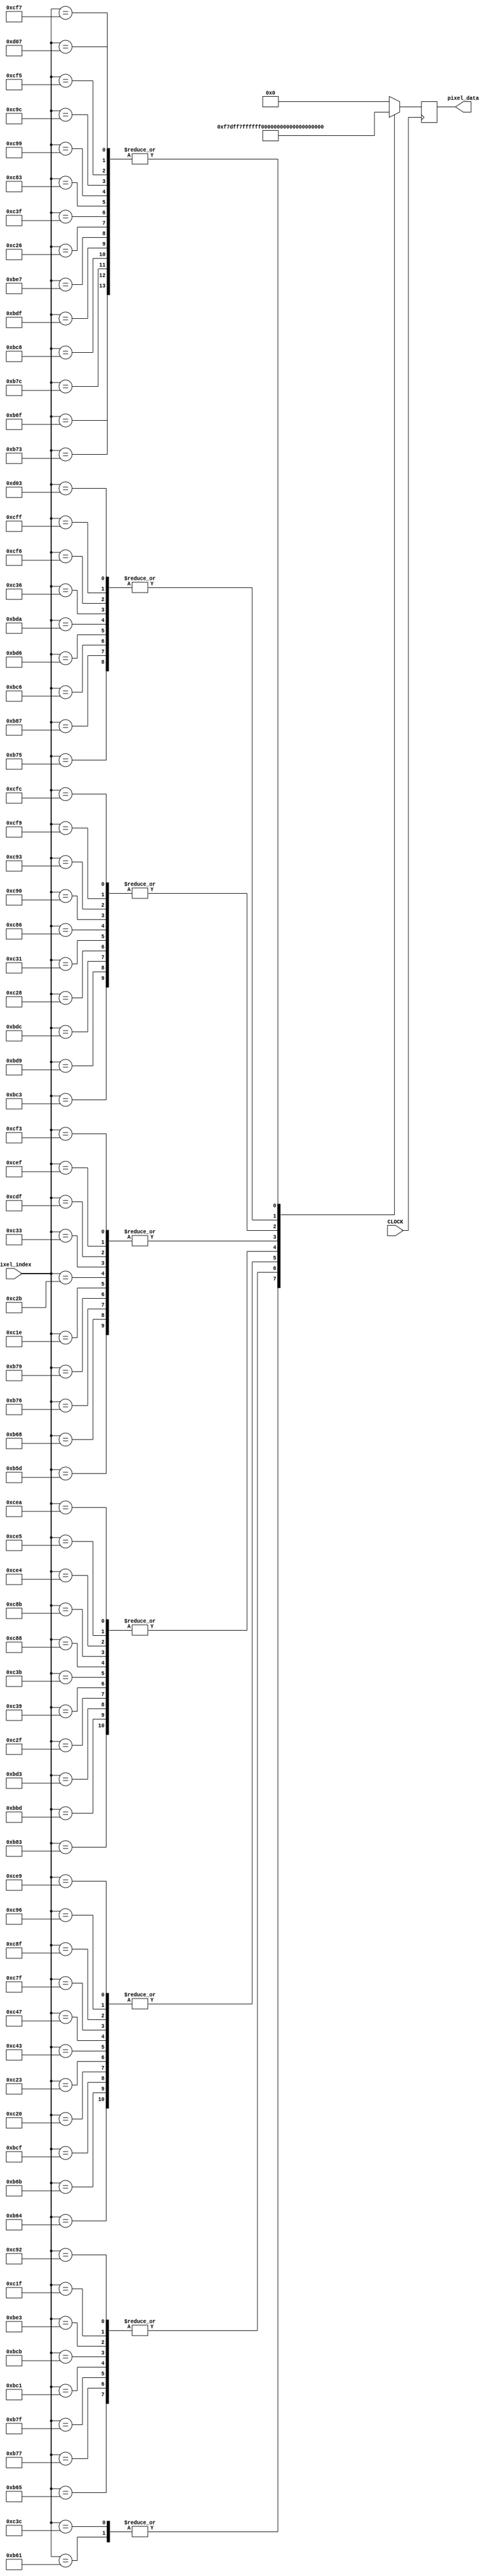
`timescale 1ns / 1ps
//////////////////////////////////////////////////////////////////////////////////
// Company: 
// Engineer: 
// 
// Design Name: 
// Module Name: game_background
// Project Name: 
// Target Devices: 
// Tool Versions: 
// Description: 
// 
// Dependencies: 
// 
// Revision:
// Revision 0.01 - File Created
// Additional Comments:
// 
//////////////////////////////////////////////////////////////////////////////////


module gamewin(
    input CLOCK,
    input [12:0] pixel_index,
    output reg [15:0] pixel_data
    );
    
    always @(posedge CLOCK) begin
        case (pixel_index)
            2909: pixel_data = 16'b1111011111111110;
        2913: pixel_data = 16'b1111011111011111;
        2916: pixel_data = 16'b1111111111111110;
        2917: pixel_data = 16'b1111011111111111;
        2920: pixel_data = 16'b1111011111111110;
        2923: pixel_data = 16'b1111111111111110;
        2927: pixel_data = 16'b1111111111111111;
        2931: pixel_data = 16'b1111111111111111;
        2933: pixel_data = 16'b1111111111011111;
        2934: pixel_data = 16'b1111011111111110;
        2935: pixel_data = 16'b1111011111111111;
        2937: pixel_data = 16'b1111011111111110;
        2940: pixel_data = 16'b1111111111111111;
        2943: pixel_data = 16'b1111011111111111;
        2947: pixel_data = 16'b1111111111011110;
        2951: pixel_data = 16'b1111111111011111;
        3005: pixel_data = 16'b1111111111011110;
        3009: pixel_data = 16'b1111011111111111;
        3011: pixel_data = 16'b1111011111011110;
        3014: pixel_data = 16'b1111111111011111;
        3016: pixel_data = 16'b1111111111111111;
        3019: pixel_data = 16'b1111011111111111;
        3023: pixel_data = 16'b1111111111111110;
        3027: pixel_data = 16'b1111111111011110;
        3030: pixel_data = 16'b1111111111011111;
        3033: pixel_data = 16'b1111011111011110;
        3034: pixel_data = 16'b1111111111011111;
        3036: pixel_data = 16'b1111011111011110;
        3039: pixel_data = 16'b1111111111111111;
        3043: pixel_data = 16'b1111011111111111;
        3047: pixel_data = 16'b1111111111111111;
        3102: pixel_data = 16'b1111011111111110;
        3103: pixel_data = 16'b1111011111111111;
        3104: pixel_data = 16'b1111111111111110;
        3107: pixel_data = 16'b1111111111111110;
        3110: pixel_data = 16'b1111111111111111;
        3112: pixel_data = 16'b1111011111011110;
        3115: pixel_data = 16'b1111011111111110;
        3119: pixel_data = 16'b1111111111011110;
        3121: pixel_data = 16'b1111011111011110;
        3123: pixel_data = 16'b1111011111111110;
        3126: pixel_data = 16'b1111111111011111;
        3129: pixel_data = 16'b1111111111011110;
        3131: pixel_data = 16'b1111111111011110;
        3132: pixel_data = 16'b1111011111011111;
        3135: pixel_data = 16'b1111111111111111;
        3139: pixel_data = 16'b1111111111111110;
        3143: pixel_data = 16'b1111111111111110;
        3199: pixel_data = 16'b1111111111111110;
        3203: pixel_data = 16'b1111111111111111;
        3206: pixel_data = 16'b1111011111011110;
        3208: pixel_data = 16'b1111111111011110;
        3211: pixel_data = 16'b1111111111011110;
        3215: pixel_data = 16'b1111111111111110;
        3216: pixel_data = 16'b1111011111011110;
        3218: pixel_data = 16'b1111011111111111;
        3219: pixel_data = 16'b1111011111011110;
        3222: pixel_data = 16'b1111111111111110;
        3225: pixel_data = 16'b1111111111111111;
        3228: pixel_data = 16'b1111111111111111;
        3295: pixel_data = 16'b1111011111111110;
        3300: pixel_data = 16'b1111111111011110;
        3301: pixel_data = 16'b1111111111011110;
        3305: pixel_data = 16'b1111111111111110;
        3306: pixel_data = 16'b1111111111011110;
        3311: pixel_data = 16'b1111011111111110;
        3315: pixel_data = 16'b1111011111111110;
        3317: pixel_data = 16'b1111111111111111;
        3318: pixel_data = 16'b1111111111011111;
        3319: pixel_data = 16'b1111111111111111;
        3321: pixel_data = 16'b1111011111011110;
        3324: pixel_data = 16'b1111011111011110;
        3327: pixel_data = 16'b1111111111011111;
        3331: pixel_data = 16'b1111111111011111;
        3335: pixel_data = 16'b1111111111111111;
        default: pixel_data = 16'b0;
        endcase
    end
    
endmodule